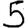
Digit: 5